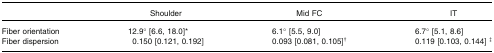
<table><thead><tr><td></td><td><b>Shoulder</b></td><td><b>Mid FC</b></td><td><b>IT</b></td></tr></thead><tbody><tr><td>Fiber orientation</td><td>12.9° [6.6, 18.0]*</td><td>6.1° [5.5, 9.0]</td><td>6.7° [5.1, 8.6]</td></tr><tr><td>Fiber dispersion</td><td>0.150 [0.121, 0.192]</td><td>0.093 [0.081, 0.105]<sup>†</sup></td><td>0.119 [0.103, 0.144] <sup>‡</sup></td></tr></tbody></table>